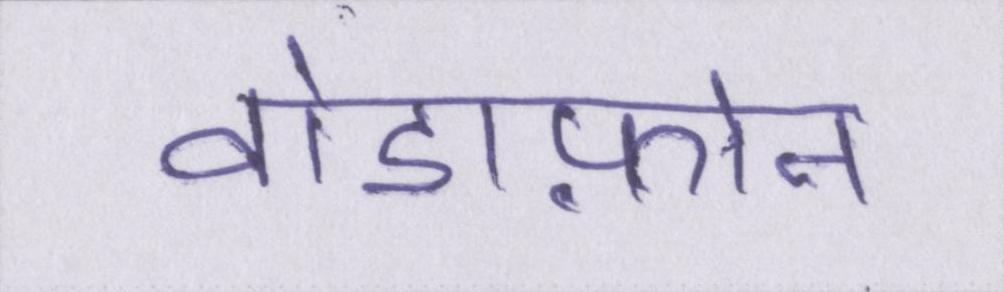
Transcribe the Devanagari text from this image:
वोडाफ़ोन